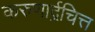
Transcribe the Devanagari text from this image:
करुणार्द्रचित्त